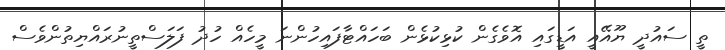
ތީ ސައުދީ ޔޫއޭއީ އަޑީގައި އޮވެގެން ކުޅިކުޅެން ބަހައްޓާފައިހުންނަ މީހެއް ހުދު ފަލަސްތީނުރައްޔިތުންވެސް